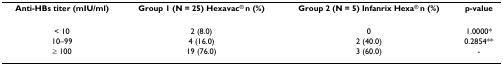
| Anti-HBs titer (mIU/ml) | Group 1 (N = 25) Hexavac® n (%) | Group 2 (N = 5) Infanrix Hexa® n (%) | p-value |
 | --- | --- | --- | --- |
 | < 10 | 2 (8.0) | 0 | 1.0000* |
 | 10–99 | 4 (16.0) | 2 (40.0) | 0.2854** |
 | ≥ 100 | 19 (76.0) | 3 (60.0) | - |